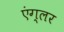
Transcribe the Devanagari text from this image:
एंग्लर